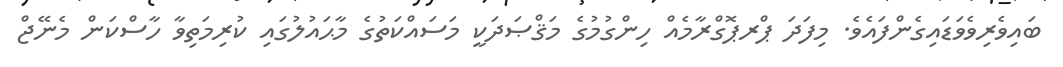
ބައިވެރިވެވަޑައިގެންފައެވެ. މިފަދަ ޕްރޕޮގްރާމެއް ހިންގުމުގެ މަޤްޞަދަކީ މަސައްކަތުގެ މާޙައުލުގައި ކުރިމަތިވާ ހާސްކަން މެނޭޖް